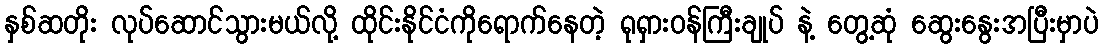
နှစ်ဆတိုး လုပ်ဆောင်သွားမယ်လို့ ထိုင်းနိုင်ငံကိုရောက်နေတဲ့ ရုရှားဝန်ကြီးချုပ် နဲ့ တွေ့ဆုံ ဆွေးနွေးအပြီးမှာပဲ